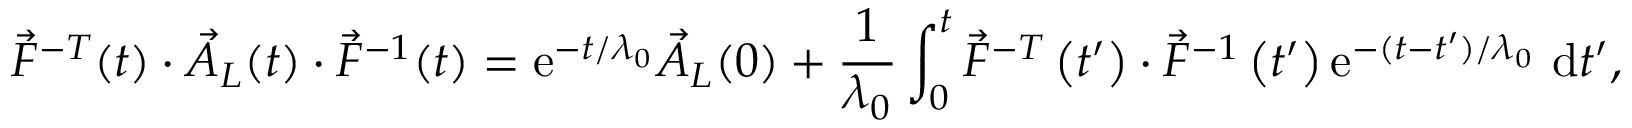
\vec { F } ^ { - T } ( t ) \cdot \vec { A } _ { L } ( t ) \cdot \vec { F } ^ { - 1 } ( t ) = \mathrm { e } ^ { - t / \lambda _ { 0 } } \vec { A } _ { L } ( 0 ) + \frac { 1 } { \lambda _ { 0 } } \int _ { 0 } ^ { t } \vec { F } ^ { - T } \left( t ^ { \prime } \right) \cdot \vec { F } ^ { - 1 } \left( t ^ { \prime } \right) \mathrm { e } ^ { - ( t - t ^ { \prime } ) / \lambda _ { 0 } } ~ \mathrm { d } t ^ { \prime } ,